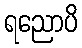
ရညောပိ